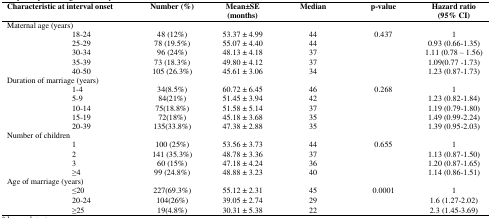
<table><thead><tr><td colspan="2"><b>Characteristic at interval onset</b></td><td><b>Number (%)</b></td><td><b>Mean±SE(months)</b></td><td><b>Median</b></td><td><b>p-value</b></td><td><b>Hazard ratio(95% CI)</b></td></tr></thead><tbody><tr><td colspan="2">Maternal age (years)</td><td></td><td></td><td></td><td></td><td></td></tr><tr><td></td><td>18-24</td><td>48 (12%)</td><td>53.37 ± 4.99</td><td>44</td><td rowspan="5">0.437</td><td>1</td></tr><tr><td></td><td>25-29</td><td>78 (19.5%)</td><td>55.07 ± 4.40</td><td>44</td><td>0.93 (0.66-1.35)</td></tr><tr><td></td><td>30-34</td><td>96 (24%)</td><td>48.13 ± 4.18</td><td>37</td><td>1.11 (0.78 – 1.56)</td></tr><tr><td></td><td>35-39</td><td>73 (18.3%)</td><td>49.80 ± 4.12</td><td>37</td><td>1.09(0.77 -1.73)</td></tr><tr><td></td><td>40-50</td><td>105 (26.3%)</td><td>45.61 ± 3.06</td><td>34</td><td>1.23 (0.87-1.73)</td></tr><tr><td colspan="2">Duration of marriage (years)</td><td></td><td></td><td></td><td></td><td></td></tr><tr><td></td><td>1-4</td><td>34(8.5%)</td><td>60.72 ± 6.45</td><td>46</td><td rowspan="5">0.268</td><td>1</td></tr><tr><td></td><td>5-9</td><td>84(21%)</td><td>51.45 ± 3.94</td><td>42</td><td>1.23 (0.82-1.84)</td></tr><tr><td></td><td>10-14</td><td>75(18.8%)</td><td>51.58 ± 5.14</td><td>37</td><td>1.19 (0.79-1.80)</td></tr><tr><td></td><td>15-19</td><td>72(18%)</td><td>45.18 ± 3.68</td><td>35</td><td>1.49 (0.99-2.24)</td></tr><tr><td></td><td>20-39</td><td>135(33.8%)</td><td>47.38 ± 2.88</td><td>35</td><td>1.39 (0.95-2.03)</td></tr><tr><td colspan="2">Number of children</td><td></td><td></td><td></td><td></td><td></td></tr><tr><td></td><td>1</td><td>100 (25%)</td><td>53.56 ± 3.73</td><td>44</td><td rowspan="4">0.655</td><td>1</td></tr><tr><td></td><td>2</td><td>141 (35.3%)</td><td>48.78 ± 3.36</td><td>37</td><td>1.13 (0.87-1.50)</td></tr><tr><td></td><td>3</td><td>60 (15%)</td><td>47.18 ± 4.24</td><td>36</td><td>1.20 (0.87-1.65)</td></tr><tr><td></td><td>≥4</td><td>99 (24.8%)</td><td>48.88 ± 3.23</td><td>40</td><td>1.14 (0.86-1.51)</td></tr><tr><td colspan="2">Age of marriage (years)</td><td></td><td></td><td></td><td></td><td></td></tr><tr><td></td><td>≤20</td><td>227(69.3%)</td><td>55.12 ± 2.31</td><td>45</td><td rowspan="3">0.0001</td><td>1</td></tr><tr><td></td><td>20-24</td><td>104(26%)</td><td>39.05 ± 2.74</td><td>29</td><td>1.6 (1.27-2.02)</td></tr><tr><td></td><td>≥25</td><td>19(4.8%)</td><td>30.31 ± 5.38</td><td>22</td><td>2.3 (1.45-3.69)</td></tr></tbody></table>